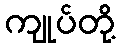
ကျုပ်တို့